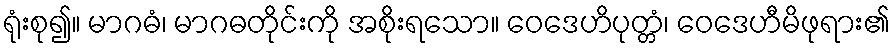
ရုံးစု၍။ မာဂဓံ၊ မာဂဓတိုင်းကို အစိုးရသော။ ဝေဒေဟိပုတ္တံ၊ ဝေဒေဟီမိဖုရား၏